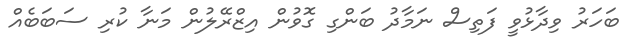
ބަހަރު ވިދާޅުވީ ފަތިސް ނަމާދު ބަންގި ގޮވުން އިޒްރޭލުން މަނާ ކުރި ސަބަބެއް